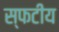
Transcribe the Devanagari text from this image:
स्फटीय